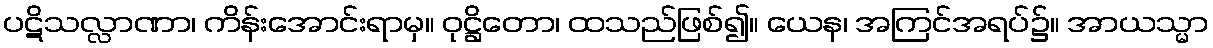
ပဋိသလ္လာဏာ၊ ကိန်းအောင်းရာမှ။ ဝုဋ္ဌိတော၊ ထသည်ဖြစ်၍။ ယေန၊ အကြင်အရပ်၌။ အာယသ္မာ